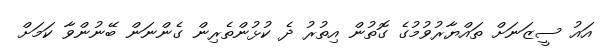
އައު ސީޒަނަށް ތައްޔާރުވުމުގެ ގޮތުން އިތުރު ދެ ކުޅުންތެރިން ގެންނަން ބޭނުންވާ ކަމަށް